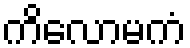
ကိလောမကံ